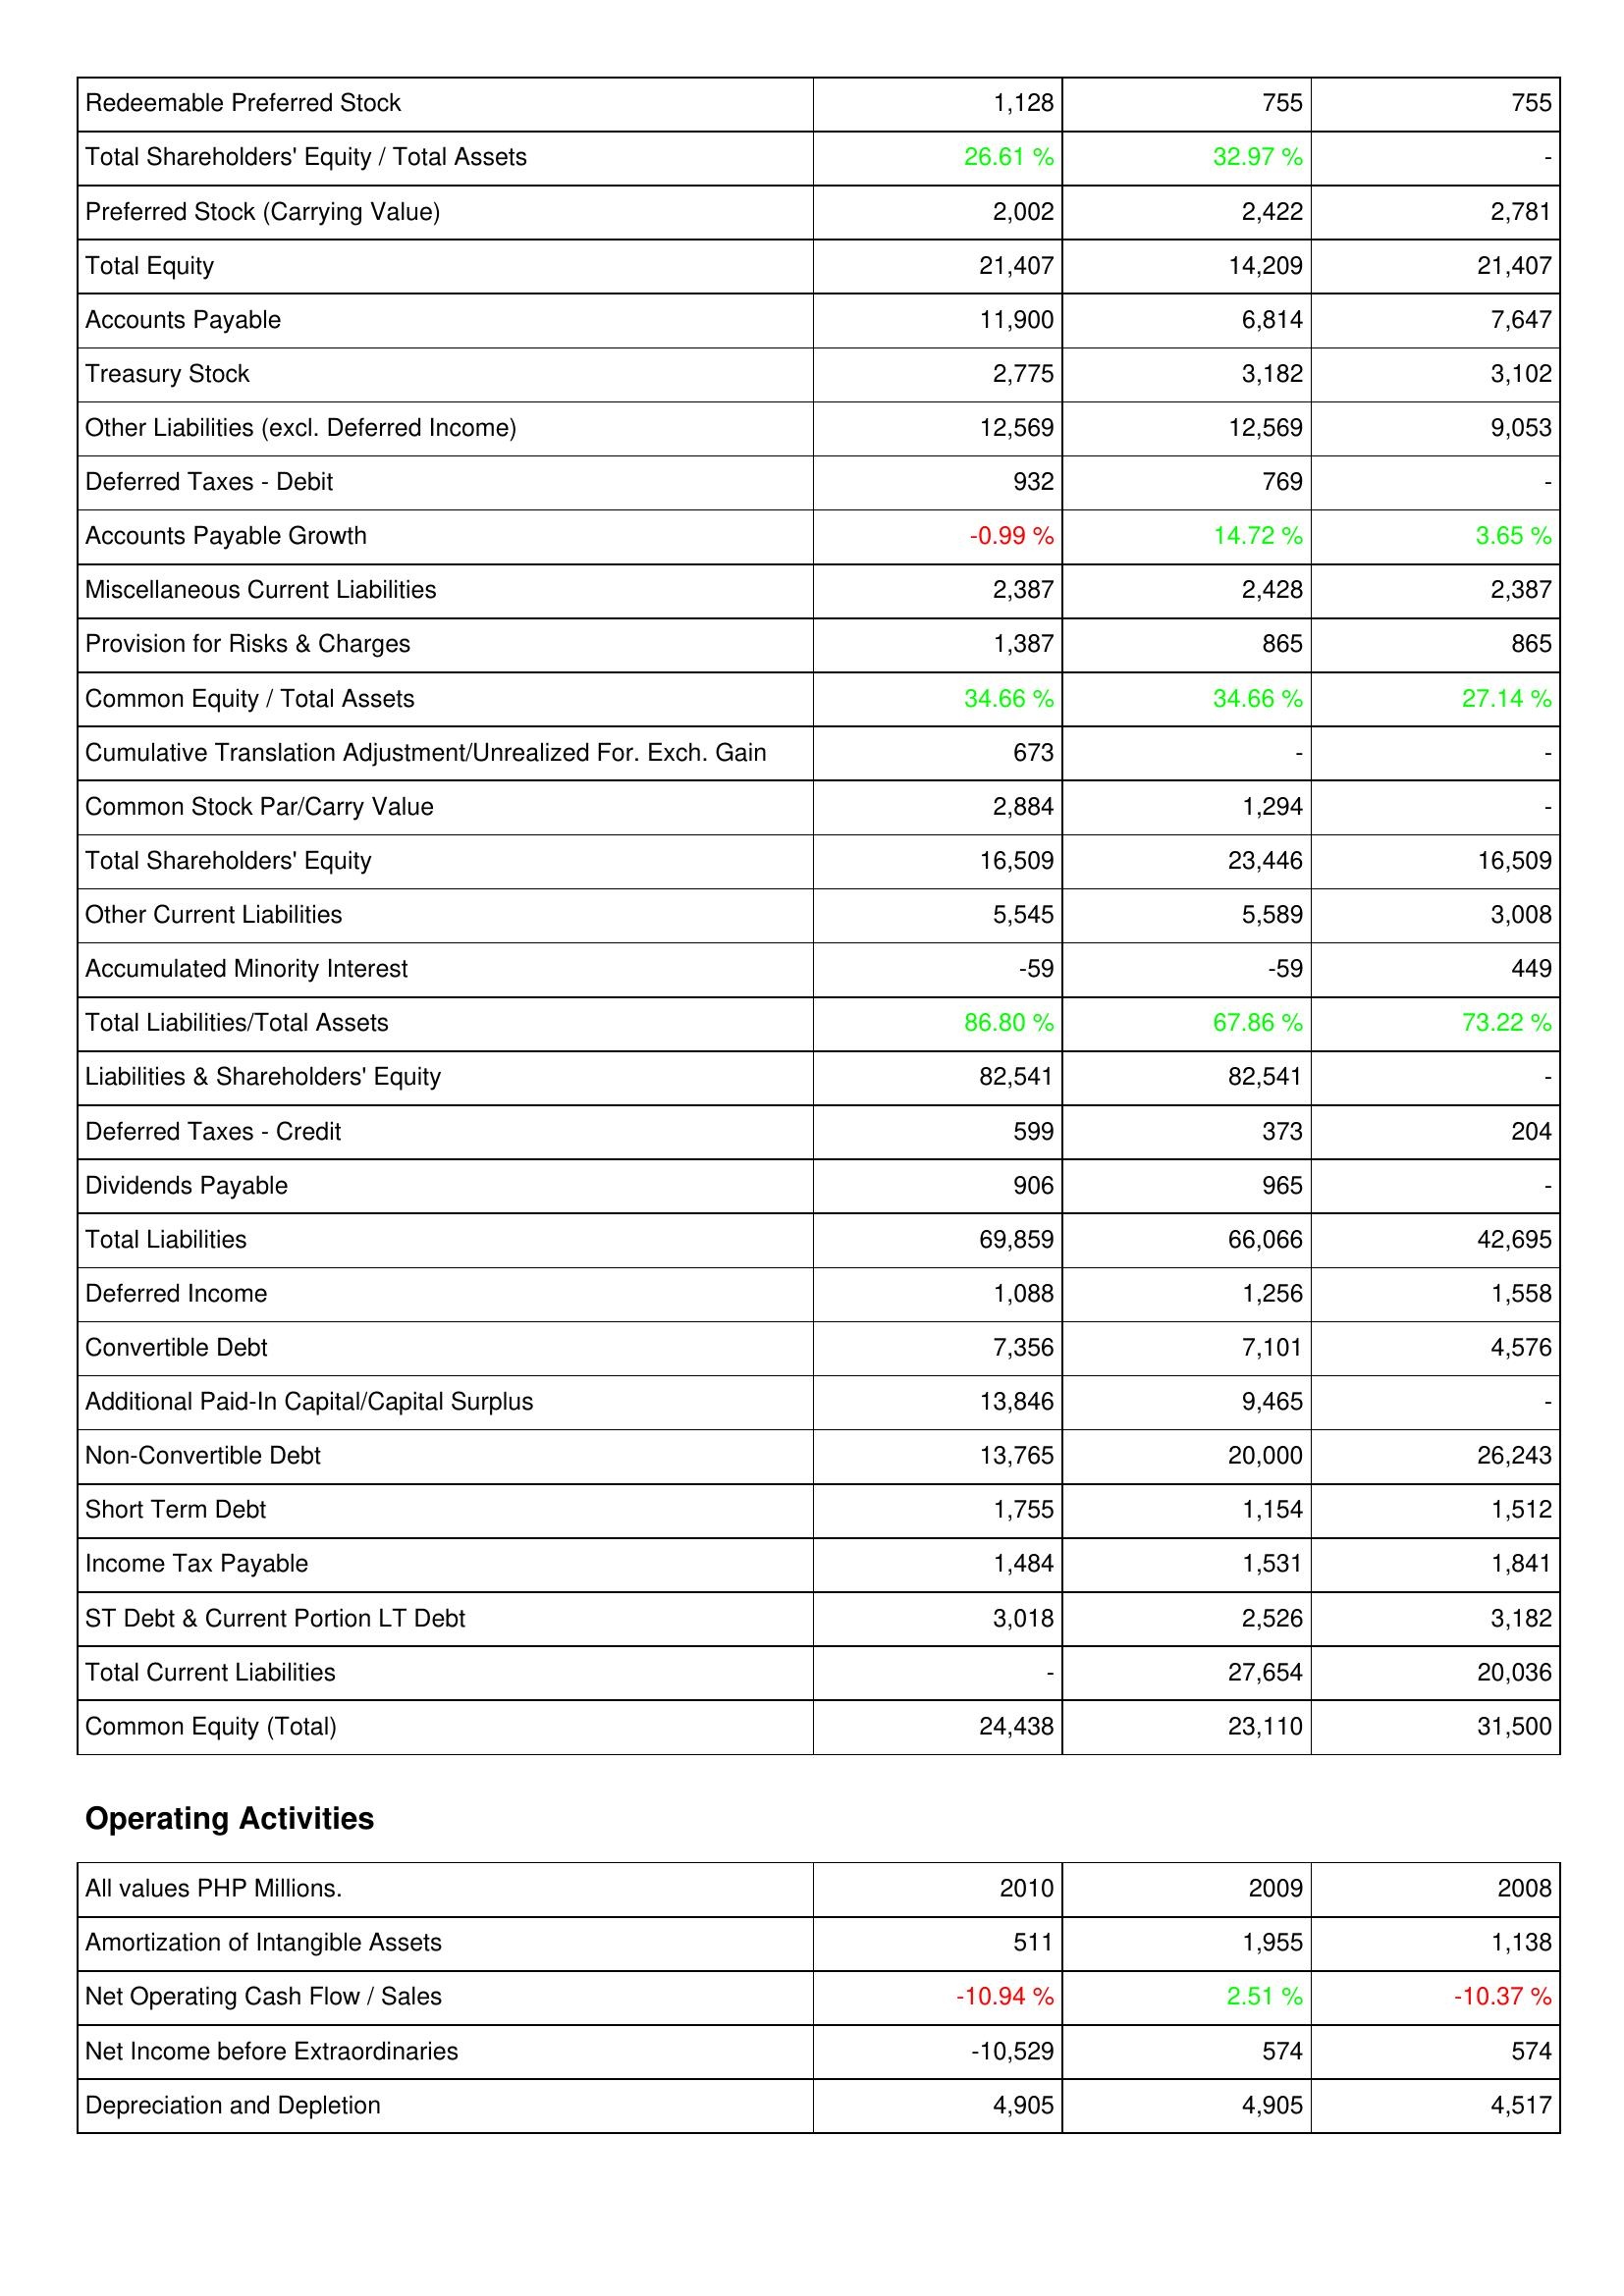
2010: Liabilities & Shareholders' Equity: Redeemable Preferred Stock: 1,128
Total Shareholders' Equity / Total Assets: 26.61 %
Preferred Stock (Carrying Value): 2,002
Total Equity: 21,407
Accounts Payable: 11,900
Treasury Stock: 2,775
Other Liabilities (excl. Deferred Income): 12,569
Deferred Taxes - Debit: 932
Accounts Payable Growth: -0.99 %
Miscellaneous Current Liabilities: 2,387
Provision for Risks & Charges: 1,387
Common Equity / Total Assets: 34.66 %
Cumulative Translation Adjustment/Unrealized For. Exch. Gain: 673
Common Stock Par/Carry Value: 2,884
Total Shareholders' Equity: 16,509
Other Current Liabilities: 5,545
Accumulated Minority Interest: -59
Total Liabilities/Total Assets: 86.80 %
Liabilities & Shareholders' Equity: 82,541
Deferred Taxes - Credit: 599
Dividends Payable: 906
Total Liabilities: 69,859
Deferred Income: 1,088
Convertible Debt: 7,356
Additional Paid-In Capital/Capital Surplus: 13,846
Non-Convertible Debt: 13,765
Short Term Debt: 1,755
Income Tax Payable: 1,484
ST Debt & Current Portion LT Debt: 3,018
Total Current Liabilities: -
Common Equity (Total): 24,438
Operating Activities: Amortization of Intangible Assets: 511
Net Operating Cash Flow / Sales: -10.94 %
Net Income before Extraordinaries: -10,529
Depreciation and Depletion: 4,905
2009: Liabilities & Shareholders' Equity: Redeemable Preferred Stock: 755
Total Shareholders' Equity / Total Assets: 32.97 %
Preferred Stock (Carrying Value): 2,422
Total Equity: 14,209
Accounts Payable: 6,814
Treasury Stock: 3,182
Other Liabilities (excl. Deferred Income): 12,569
Deferred Taxes - Debit: 769
Accounts Payable Growth: 14.72 %
Miscellaneous Current Liabilities: 2,428
Provision for Risks & Charges: 865
Common Equity / Total Assets: 34.66 %
Cumulative Translation Adjustment/Unrealized For. Exch. Gain: -
Common Stock Par/Carry Value: 1,294
Total Shareholders' Equity: 23,446
Other Current Liabilities: 5,589
Accumulated Minority Interest: -59
Total Liabilities/Total Assets: 67.86 %
Liabilities & Shareholders' Equity: 82,541
Deferred Taxes - Credit: 373
Dividends Payable: 965
Total Liabilities: 66,066
Deferred Income: 1,256
Convertible Debt: 7,101
Additional Paid-In Capital/Capital Surplus: 9,465
Non-Convertible Debt: 20,000
Short Term Debt: 1,154
Income Tax Payable: 1,531
ST Debt & Current Portion LT Debt: 2,526
Total Current Liabilities: 27,654
Common Equity (Total): 23,110
Operating Activities: Amortization of Intangible Assets: 1,955
Net Operating Cash Flow / Sales: 2.51 %
Net Income before Extraordinaries: 574
Depreciation and Depletion: 4,905
2008: Liabilities & Shareholders' Equity: Redeemable Preferred Stock: 755
Total Shareholders' Equity / Total Assets: -
Preferred Stock (Carrying Value): 2,781
Total Equity: 21,407
Accounts Payable: 7,647
Treasury Stock: 3,102
Other Liabilities (excl. Deferred Income): 9,053
Deferred Taxes - Debit: -
Accounts Payable Growth: 3.65 %
Miscellaneous Current Liabilities: 2,387
Provision for Risks & Charges: 865
Common Equity / Total Assets: 27.14 %
Cumulative Translation Adjustment/Unrealized For. Exch. Gain: -
Common Stock Par/Carry Value: -
Total Shareholders' Equity: 16,509
Other Current Liabilities: 3,008
Accumulated Minority Interest: 449
Total Liabilities/Total Assets: 73.22 %
Liabilities & Shareholders' Equity: -
Deferred Taxes - Credit: 204
Dividends Payable: -
Total Liabilities: 42,695
Deferred Income: 1,558
Convertible Debt: 4,576
Additional Paid-In Capital/Capital Surplus: -
Non-Convertible Debt: 26,243
Short Term Debt: 1,512
Income Tax Payable: 1,841
ST Debt & Current Portion LT Debt: 3,182
Total Current Liabilities: 20,036
Common Equity (Total): 31,500
Operating Activities: Amortization of Intangible Assets: 1,138
Net Operating Cash Flow / Sales: -10.37 %
Net Income before Extraordinaries: 574
Depreciation and Depletion: 4,517